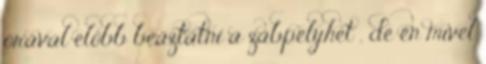
órával előbb beáztatni a zabpelyhet , de én mivel